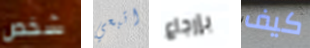
شخص اتبعي بإرجاع كيف